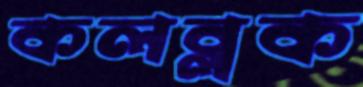
কলব্লক